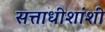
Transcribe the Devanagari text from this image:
सत्ताधीशांशी